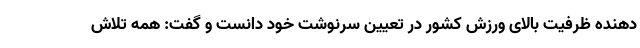
دهنده ظرفیت بالای ورزش کشور در تعیین سرنوشت خود دانست و گفت: همه تلاش